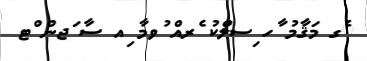
ެގ މަޤާމު ާހ ިސލްކު ެރއް ުވމާ ިއ ސާ ަޖން ްޓ